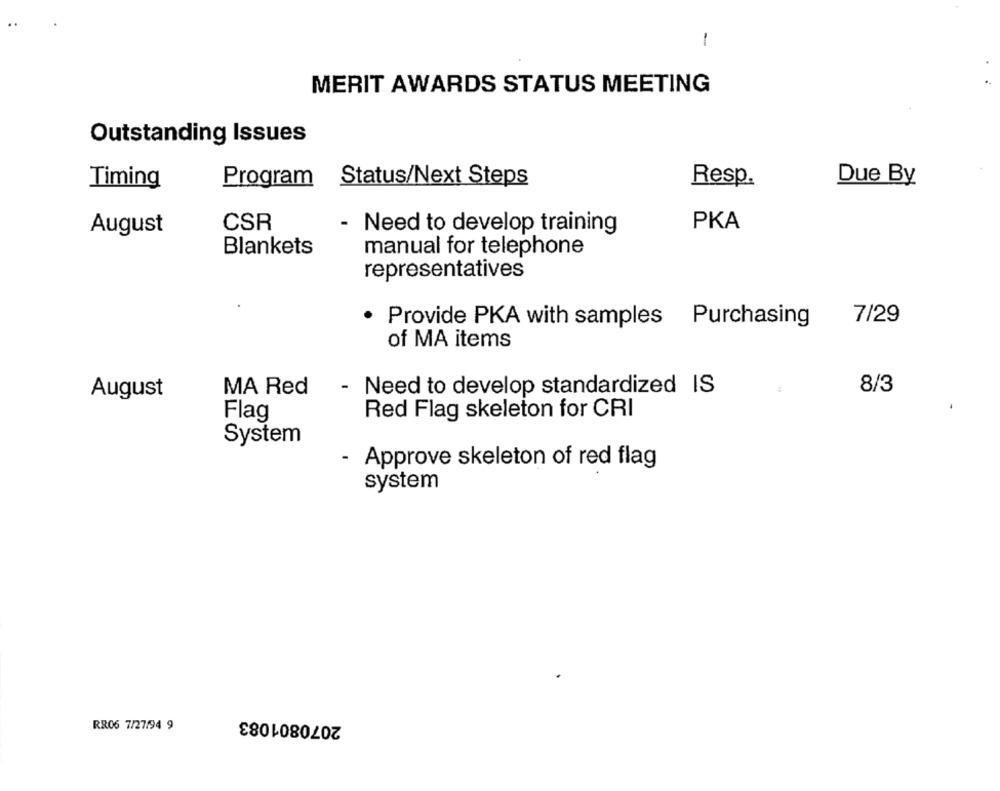
-
MERIT AWARDS STATUS MEETING
Outstanding Issues
Timing
Program
Status/Next Steps
Due By
Resp.
August
CSR
- Need to develop training
PKA
Blankets
manual for telephone
representatives
· Provide PKA with samples Purchasing
7/29
of MA items
8/3
August
MA Red
- Need to develop standardized IS
Flag
Red Flag skeleton for CRI
System
- Approve skeleton of red flag
system
2070801083
RR06 7/27/94 9